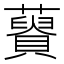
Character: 𧂟